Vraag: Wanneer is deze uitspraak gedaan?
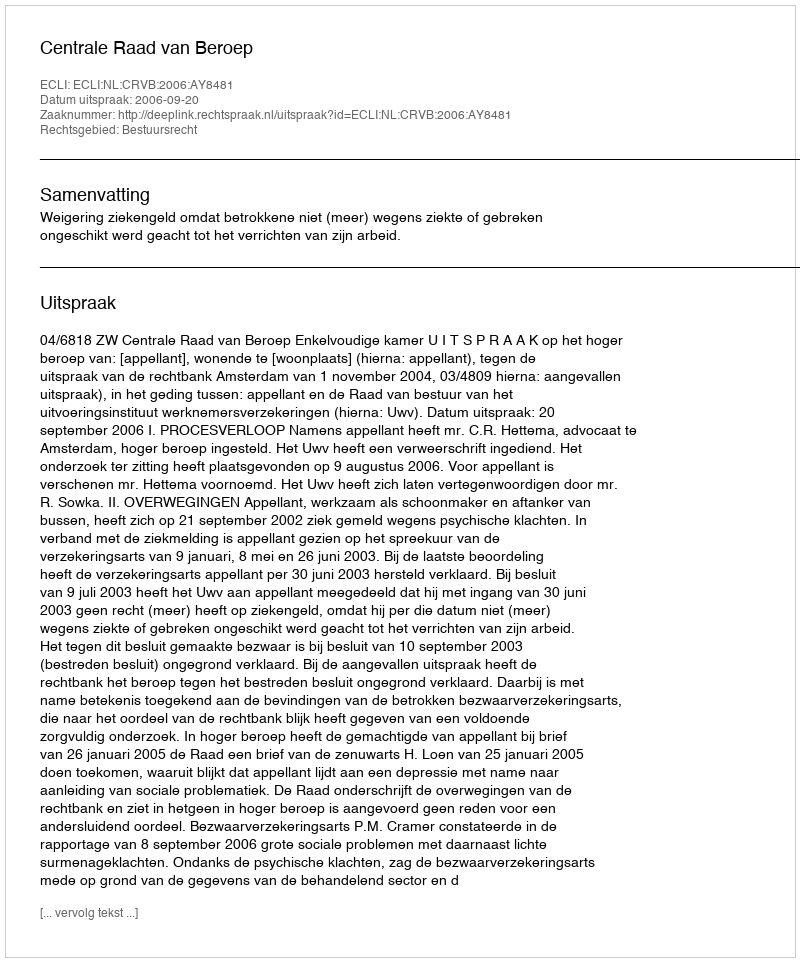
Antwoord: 2006-09-20